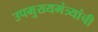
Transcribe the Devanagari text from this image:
उपमुख्यमंत्र्यांची